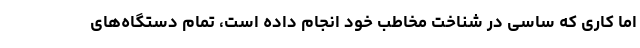
اما کاری که ساسی در شناخت مخاطب خود انجام داده است، تمام دستگاه‌های